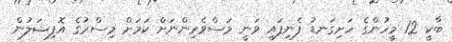
ބާކީ 12 މީހުންގެ ހަށިގަނޑު ފެނިފައި ވަނީ މަސްވެރިންނަށް ކަމަށް މިސްރުގެ އޮފިޝަލުން